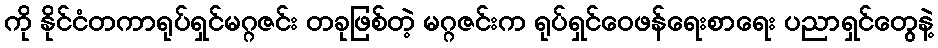
ကို နိုင်ငံတကာရုပ်ရှင်မဂ္ဂဇင်း တခုဖြစ်တဲ့ မဂ္ဂဇင်းက ရုပ်ရှင်ဝေဖန်ရေးစာရေး ပညာရှင်တွေနဲ့